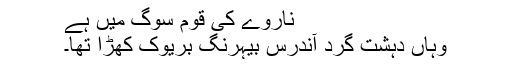
ناروے کی قوم سوگ میں ہے
وہاں دہشت گرد آندرس بیہرنگ بریوک کھڑا تھا۔